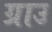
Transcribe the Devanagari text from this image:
ग्राउ